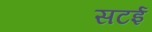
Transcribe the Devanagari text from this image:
सटई